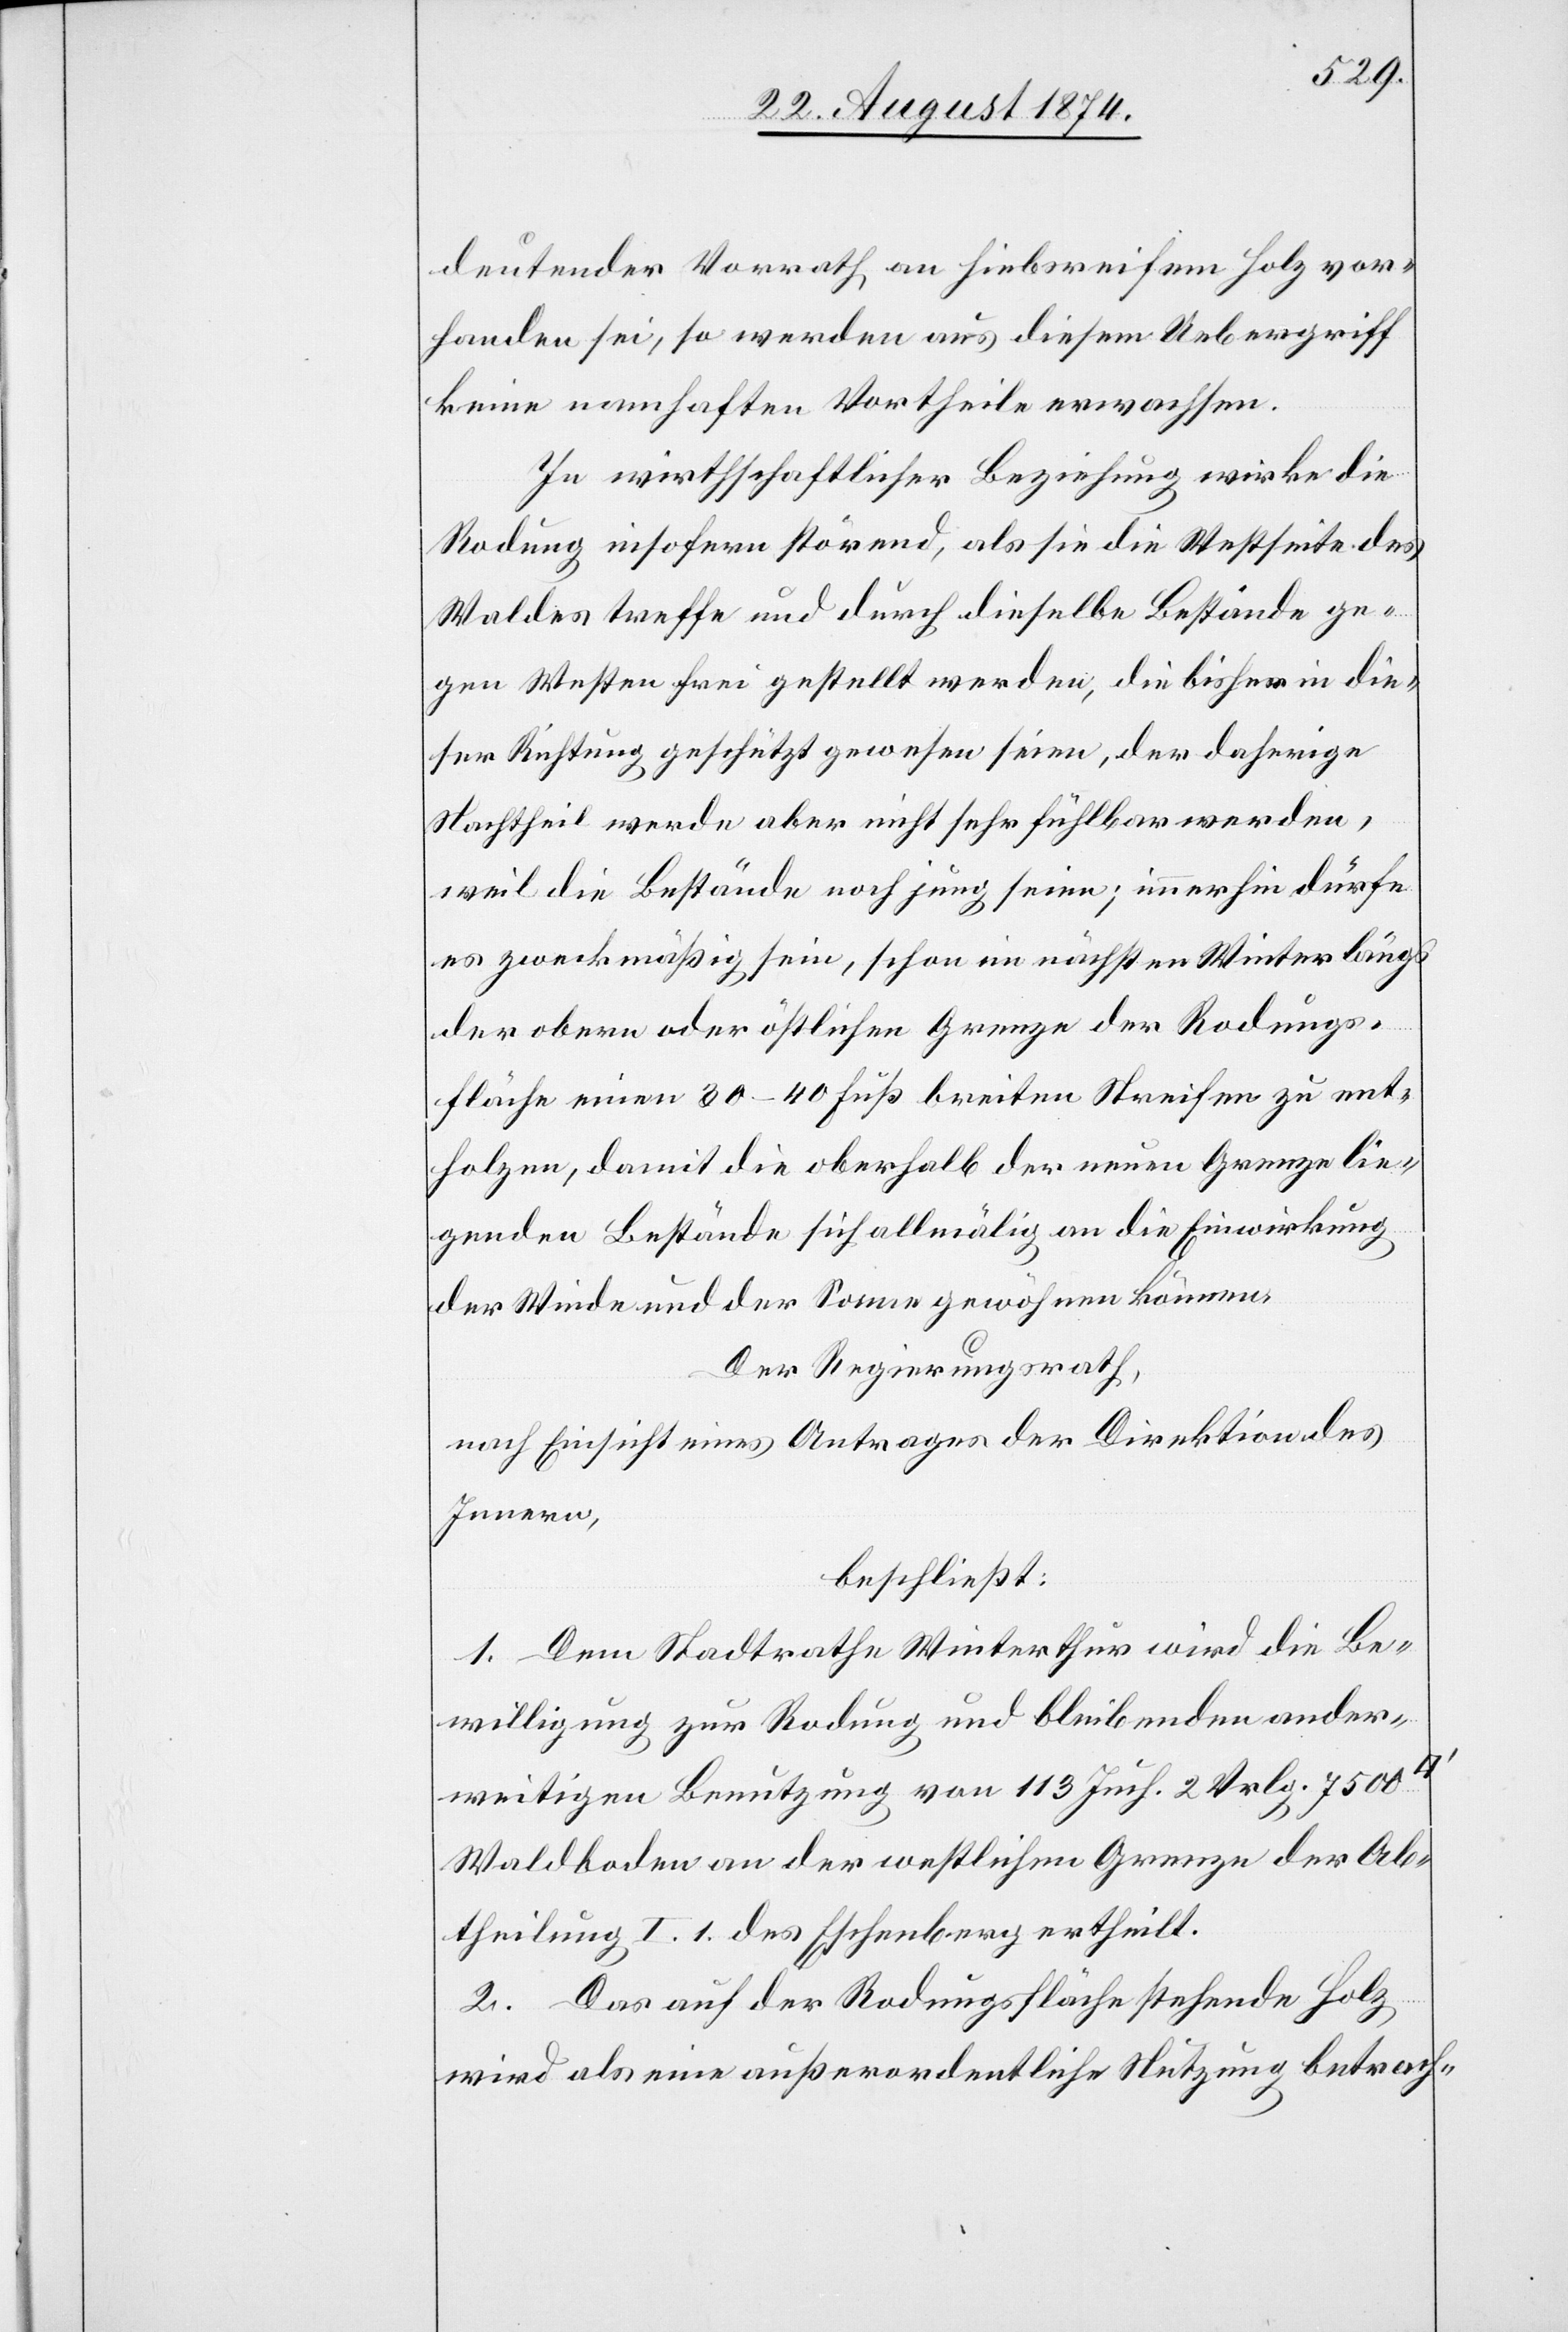
deutender Vorrath an hiebsreichem Holz vor¬
handen sei, so werden aus diesem Uebergriff
keine namhaften Vortheile erwachsen.
In wirthschaftlicher Beziehung wirke die
Rodung insofern störend, als sie die Westseite des
Waldes treffe und durch dieselbe Bestände ge¬
gen Westen frei gestellt werden, die bisher in die¬
ser Richtung geschützt gewesen seien, der daherige
Nachtheil werde aber nicht sehr fühlbar werden,
weil die Bestände noch jung seien; immerhin dürfe
es zweckmäßig sein, schon im nächsten Winter längs
der obern oder östlichen Grenze der Rodungs¬
fläche einen 30–40 Fuß breiten Streifen zu ent¬
holzen, damit die oberhalb der neuen Grenze lie¬
genden Bestände sich allmälig an die Einwirkung
der Winde und der Sonne gewöhnen können.
Der Regierungsrath,
nach Einsicht eines Antrages der Direktion des
Innern,
beschließt:
1. Dem Stadtrathe Winterthur wird die Be¬
willigung zur Rodung und bleibenden ander¬
weitigen Benutzung von 113 Juch. 2 Vrlg. 7500
Waldboden an der westlichen Grenze der Ab¬
theilung I. 1. es Eschenberg ertheilt.
2. Das auf der Rodungsfläche stehende Holz
wird als eine außerordentliche Nutzung betrach-